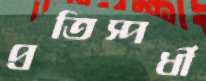
প্রতিস্পর্ধী